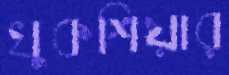
খুকশিয়ার